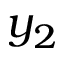
y _ { 2 }